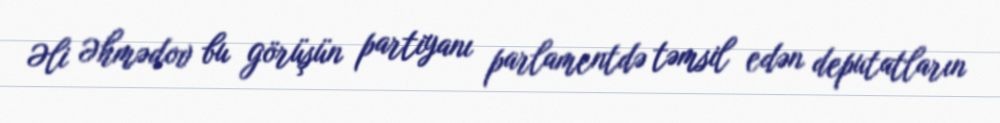
Əli Əhmədov bu görüşün partiyanı parlamentdə təmsil edən deputatların